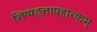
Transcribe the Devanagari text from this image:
शिष्यहृत्तापहारकम्